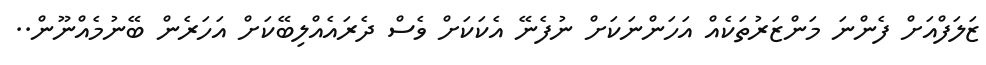
ޒަލަފްއަށް ފެންނަ މަންޒަރުތަކެއް އަހަންނަކަށް ނުފެނޭ އެކަކަށް ވެސް ދެރައެއްލިބޭކަށް އަހަރެން ބޭނުމެއްނޫން..